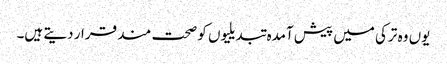
یوں وہ ترکی میں پیش آمدہ تبدیلیوں کو صحت مند قرار دیتے ہیں۔